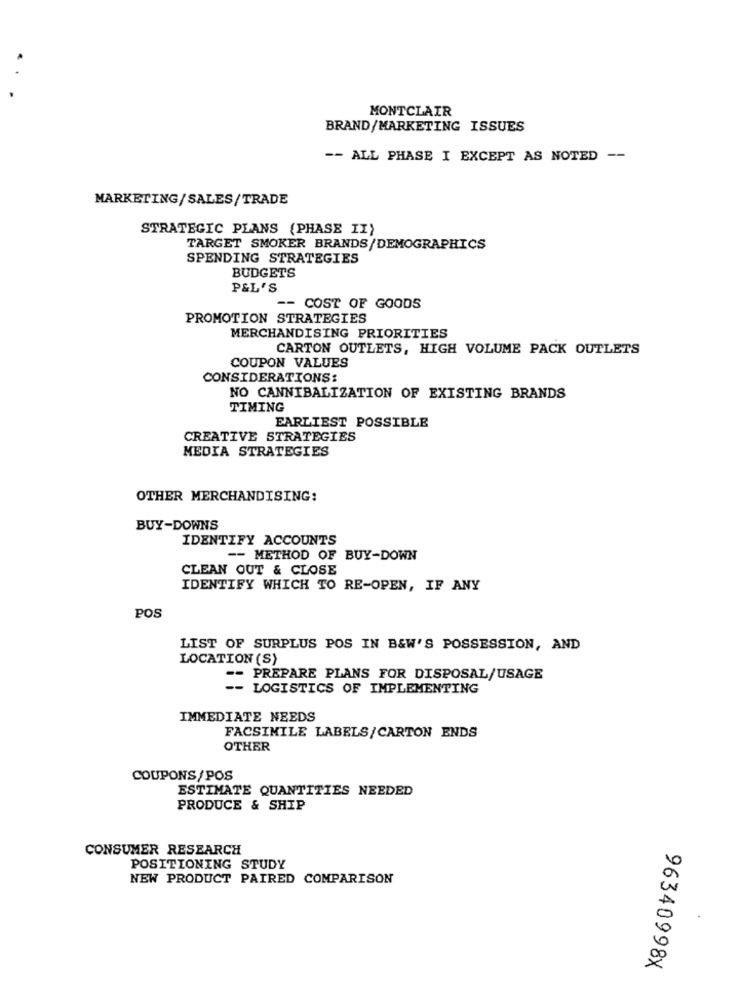
MONTCLAIR
BRAND/MARKETING ISSUES
-- ALL PHASE I EXCEPT AS NOTED --
MARKETING/SALES/TRADE
STRATEGIC PLANS (PHASE II)
TARGET SMOKER BRANDS/DEMOGRAPHICS
SPENDING STRATEGIES
BUDGETS
P&L'S
-- COST OF GOODS
PROMOTION STRATEGIES
MERCHANDISING PRIORITIES
CARTON OUTLETS, HIGH VOLUME PACK OUTLETS
COUPON VALUES
CONSIDERATIONS:
NO CANNIBALIZATION OF EXISTING BRANDS
TIMING
EARLIEST POSSIBLE
CREATIVE STRATEGIES
MEDIA STRATEGIES
OTHER MERCHANDISING:
BUY-DOWNS
IDENTIFY ACCOUNTS
-- METHOD OF BUY-DOWN
CLEAN OUT & CLOSE
IDENTIFY WHICH TO RE-OPEN, IF ANY
POS
LIST OF SURPLUS POS IN B&W'S POSSESSION, AND
LOCATION (S)
-- PREPARE PLANS FOR DISPOSAL/USAGE
-- LOGISTICS OF IMPLEMENTING
IMMEDIATE NEEDS
FACSIMILE LABELS/CARTON ENDS
OTHER
COUPONS/POS
ESTIMATE QUANTITIES NEEDED
PRODUCE & SHIP
CONSUMER RESEARCH
POSITIONING STUDY
NEW PRODUCT PAIRED COMPARISON
96340998X